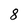
Character: 8